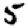
Digit: 5